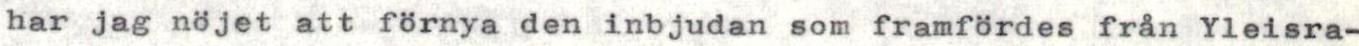
har jag nöjet att förnya den inbjudan som framfördes från Yleisra-